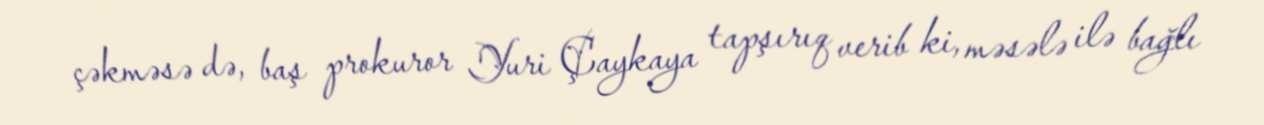
çəkməsə də, baş prokuror Yuri Çaykaya tapşırıq verib ki, məsələ ilə bağlı